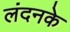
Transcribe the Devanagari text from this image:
लंदनके